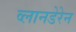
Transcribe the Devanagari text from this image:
व्लानडेरेन